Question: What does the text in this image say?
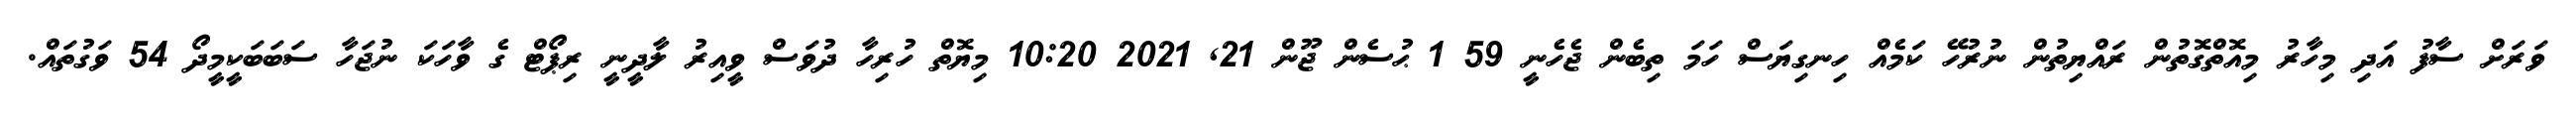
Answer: ވަރަށް ސާފު އަދި މިހާރު މިއޮތްގޮތުން ރައްޔިތުން ނުރުހޭ ކަމެއް ހިނގިޔަސް ހަމަ ތިބެން ޖެހެނީ 59 1 ޙުސެން ޖޫން 21, 2021 10:20 މިޔޮތް ހުރިހާ ދުވަސް ވީއިރު ލާދީނީ ރިޕޯޓް ގެ ވާހަކަ ނުޖަހާ ސަބަބަކީމީދޯ 54 ވަގުތައް.